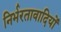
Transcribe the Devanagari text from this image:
निर्भरतावादियों